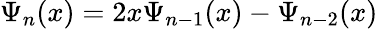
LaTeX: \Psi_{n}(x)=2x\Psi_{n-1}(x)-\Psi_{n-2}(x)